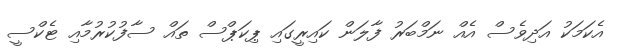
އެކަމަކު އަދިވެސް އެއް ނަމްބަރު ފާލަން ކައިރީގައި ޕިކަޕްސް ތައް ސާފުކުރުމާއި ޓެކްސީ